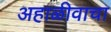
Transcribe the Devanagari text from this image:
अहाळीवाचा